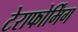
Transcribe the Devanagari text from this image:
टेराफोर्मिंग